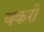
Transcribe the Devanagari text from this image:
वकरी